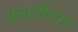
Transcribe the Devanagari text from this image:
आयपीएम